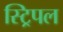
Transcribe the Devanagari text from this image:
स्ट्रिपल